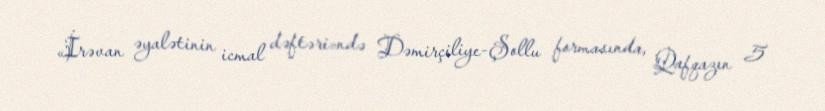
«İrəvan əyalətinin icmal dəftəri»ndə Dəmirçiliye-Şollu formasında, Qafqazın 5